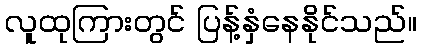
လူထုကြားတွင် ပြန့်နှံနေနိုင်သည်။